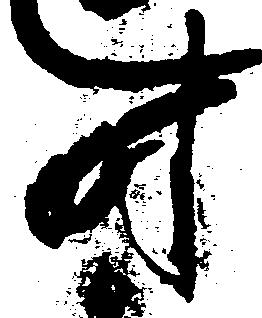
時